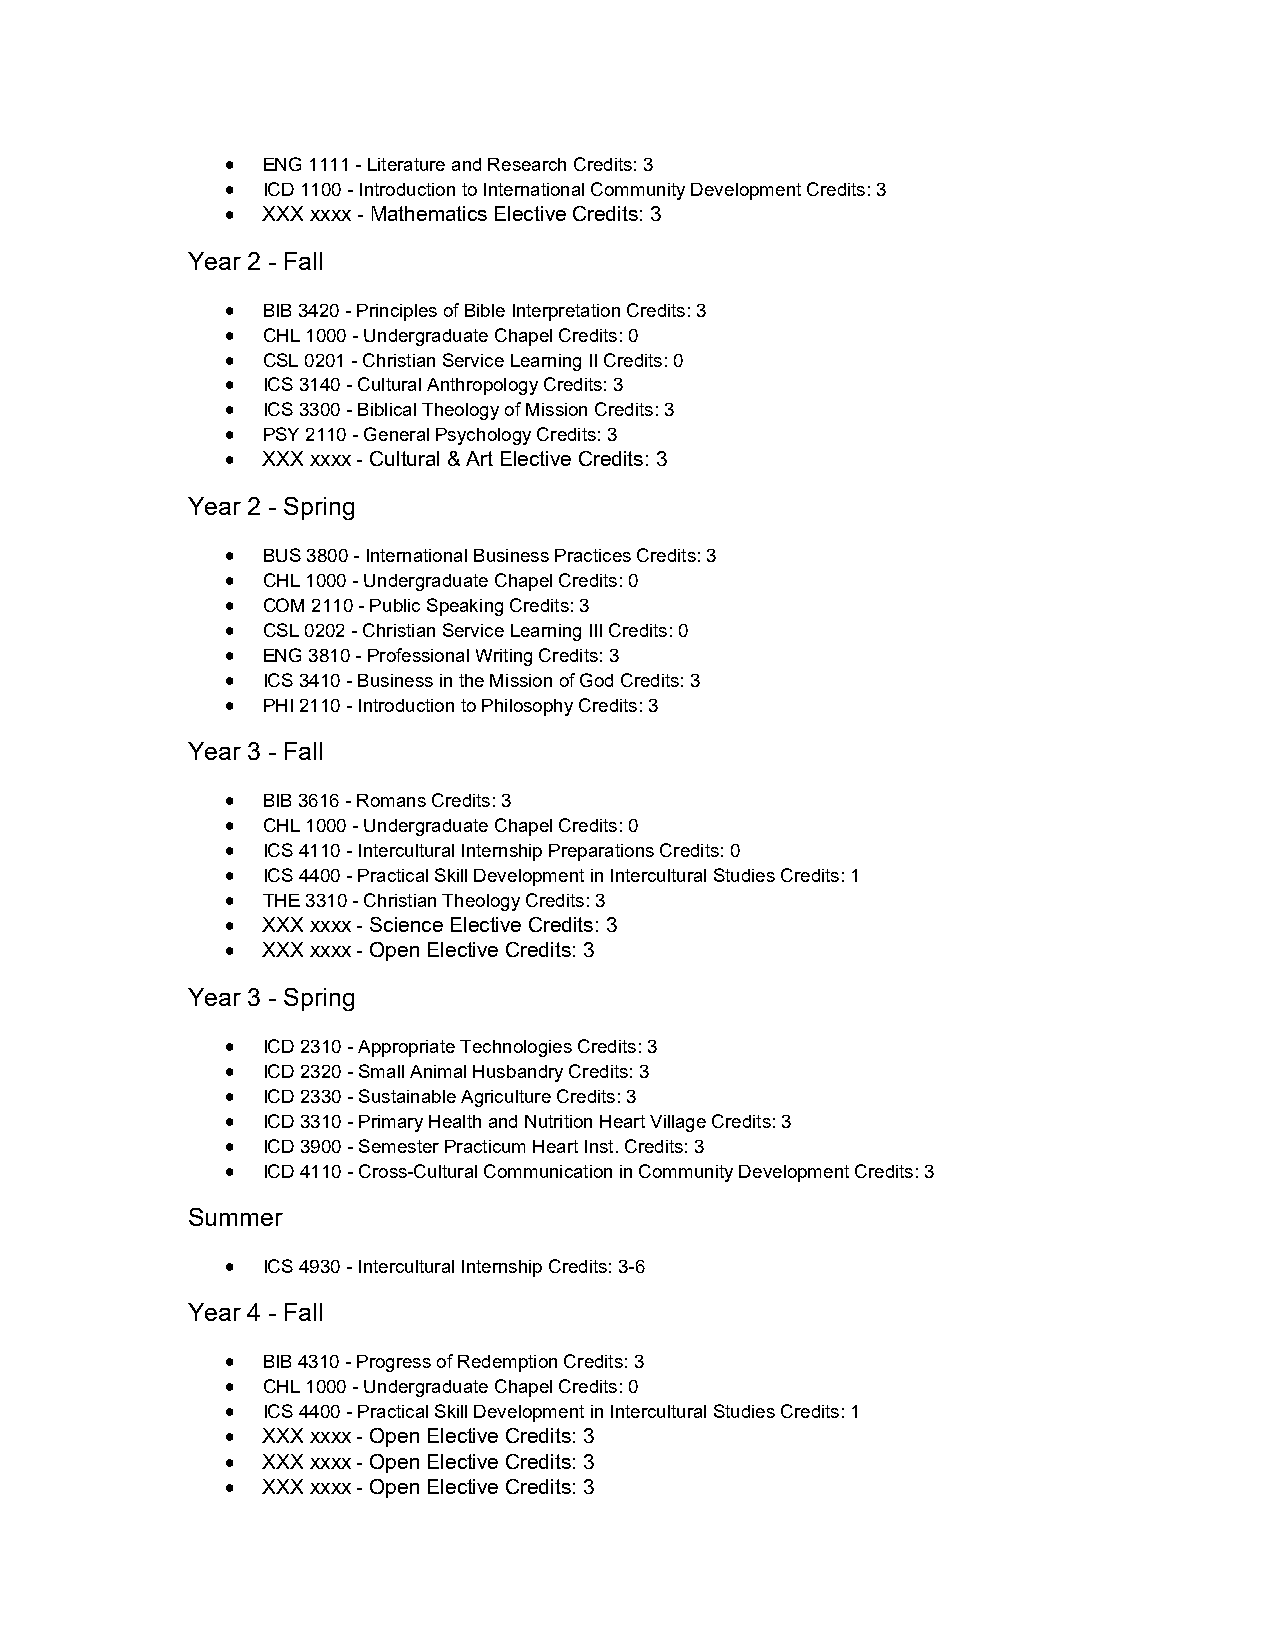
 ENG 1111 - Literature and Research Credits: 3
  ICD 1100 - Introduction to International Community Development Credits: 3
  XXX xxxx - Mathematics Elective Credits: 3
 Year 2 - Fall
  BIB 3420 - Principles of Bible Interpretation Credits: 3
  CHL 1000 - Undergraduate Chapel Credits: 0
  CSL 0201 - Christian Service Learning II Credits: 0
  ICS 3140 - Cultural Anthropology Credits: 3
  ICS 3300 - Biblical Theology of Mission Credits: 3
  PSY 2110 - General Psychology Credits: 3
  XXX xxxx - Cultural & Art Elective Credits: 3
 Year 2 - Spring
  BUS 3800 - International Business Practices Credits: 3
  CHL 1000 - Undergraduate Chapel Credits: 0
  COM 2110 - Public Speaking Credits: 3
  CSL 0202 - Christian Service Learning III Credits: 0
  ENG 3810 - Professional Writing Credits: 3
  ICS 3410 - Business in the Mission of God Credits: 3
  PHI 2110 - Introduction to Philosophy Credits: 3
 Year 3 - Fall
  BIB 3616 - Romans Credits: 3
  CHL 1000 - Undergraduate Chapel Credits: 0
  ICS 4110 - Intercultural Internship Preparations Credits: 0
  ICS 4400 - Practical Skill Development in Intercultural Studies Credits: 1
  THE 3310 - Christian Theology Credits: 3
  XXX xxxx - Science Elective Credits: 3
  XXX xxxx - Open Elective Credits: 3
 Year 3 - Spring
  ICD 2310 - Appropriate Technologies Credits: 3
  ICD 2320 - Small Animal Husbandry Credits: 3
  ICD 2330 - Sustainable Agriculture Credits: 3
  ICD 3310 - Primary Health and Nutrition Heart Village Credits: 3
  ICD 3900 - Semester Practicum Heart Inst. Credits: 3
  ICD 4110 - Cross-Cultural Communication in Community Development Credits: 3
 Summer
  ICS 4930 - Intercultural Internship Credits: 3-6
 Year 4 - Fall
  BIB 4310 - Progress of Redemption Credits: 3
  CHL 1000 - Undergraduate Chapel Credits: 0
  ICS 4400 - Practical Skill Development in Intercultural Studies Credits: 1
  XXX xxxx - Open Elective Credits: 3
  XXX xxxx - Open Elective Credits: 3
  XXX xxxx - Open Elective Credits: 3